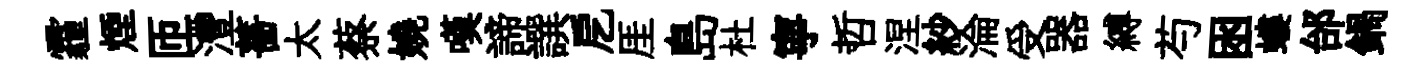
霾煙匝灃薔太蔡嬈嘆諦譔戹厓島杜寧哲涅紗淪受器縛芍囦螻邰鍋